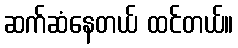
ဆက်ဆံနေတယ် ထင်တယ်။